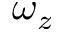
\omega _ { z }